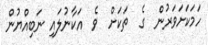
ހަމަކަށަވަރުން  ގެ  ތަކަށް  ވެ  އަކާނުލައި ނަބިއްޔުން